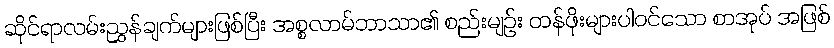
ဆိုင်ရာလမ်းညွှန်ချက်များဖြစ်ပြီး အစ္စလာမ်ဘာသာ၏ စည်းမျဉ်း တန်ဖိုးများပါဝင်သော စာအုပ် အဖြစ်